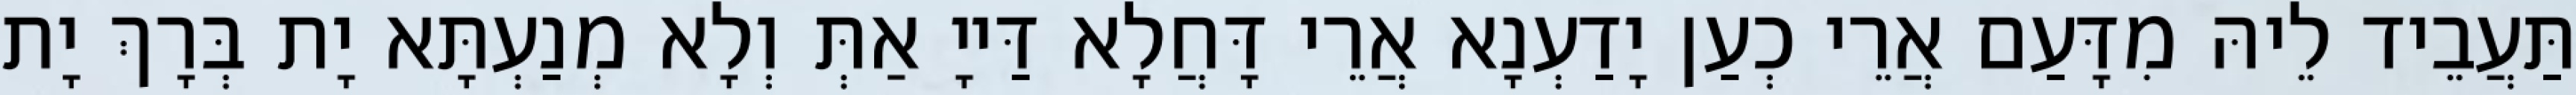
תַּעֲבֵיד לֵיהּ מִדָּעַם אֲרֵי כְעַן יָדַעְנָא אֲרֵי דָּחֲלָא דַּייָ אַתְּ וְלָא מְנַעְתָּא יָת בְּרָךְ יָת